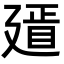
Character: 𢌫